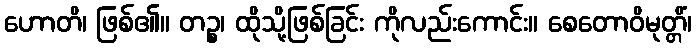
ဟောတိ၊ ဖြစ်၏။ တဉ္စ၊ ထိုသို့ဖြစ်ခြင်း ကိုလည်းကောင်း။ စေတောဝိမုတ္တိံ၊